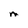
Character: m